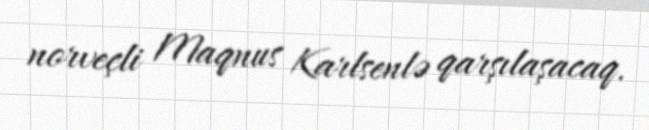
norveçli Maqnus Karlsenlə qarşılaşacaq.